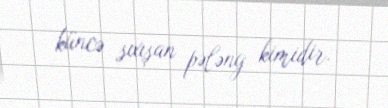
küncə sıxışan pələng kimidir.